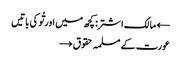
← مالک اشتر: کچھ میں اور تُو کی باتیں
عورت کے مسلمہ حقوق →